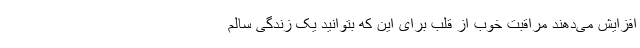
افزایش می‌دهند مراقبت خوب از قلب برای این که بتوانید یک زندگی سالم